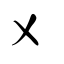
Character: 乂